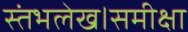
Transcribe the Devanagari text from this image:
स्तंभलेख।समीक्षा